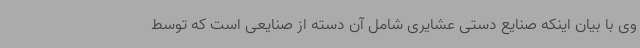
وی با بیان اینکه صنایع دستی عشایری شامل آن دسته از صنایعی است که توسط